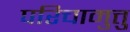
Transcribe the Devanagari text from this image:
परिचामुत्तु